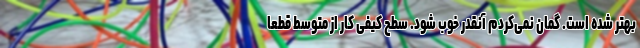
بهتر شده است. گمان نمی‌کردم آنقدر خوب شود. سطح کیفی کار از متوسط قطعا